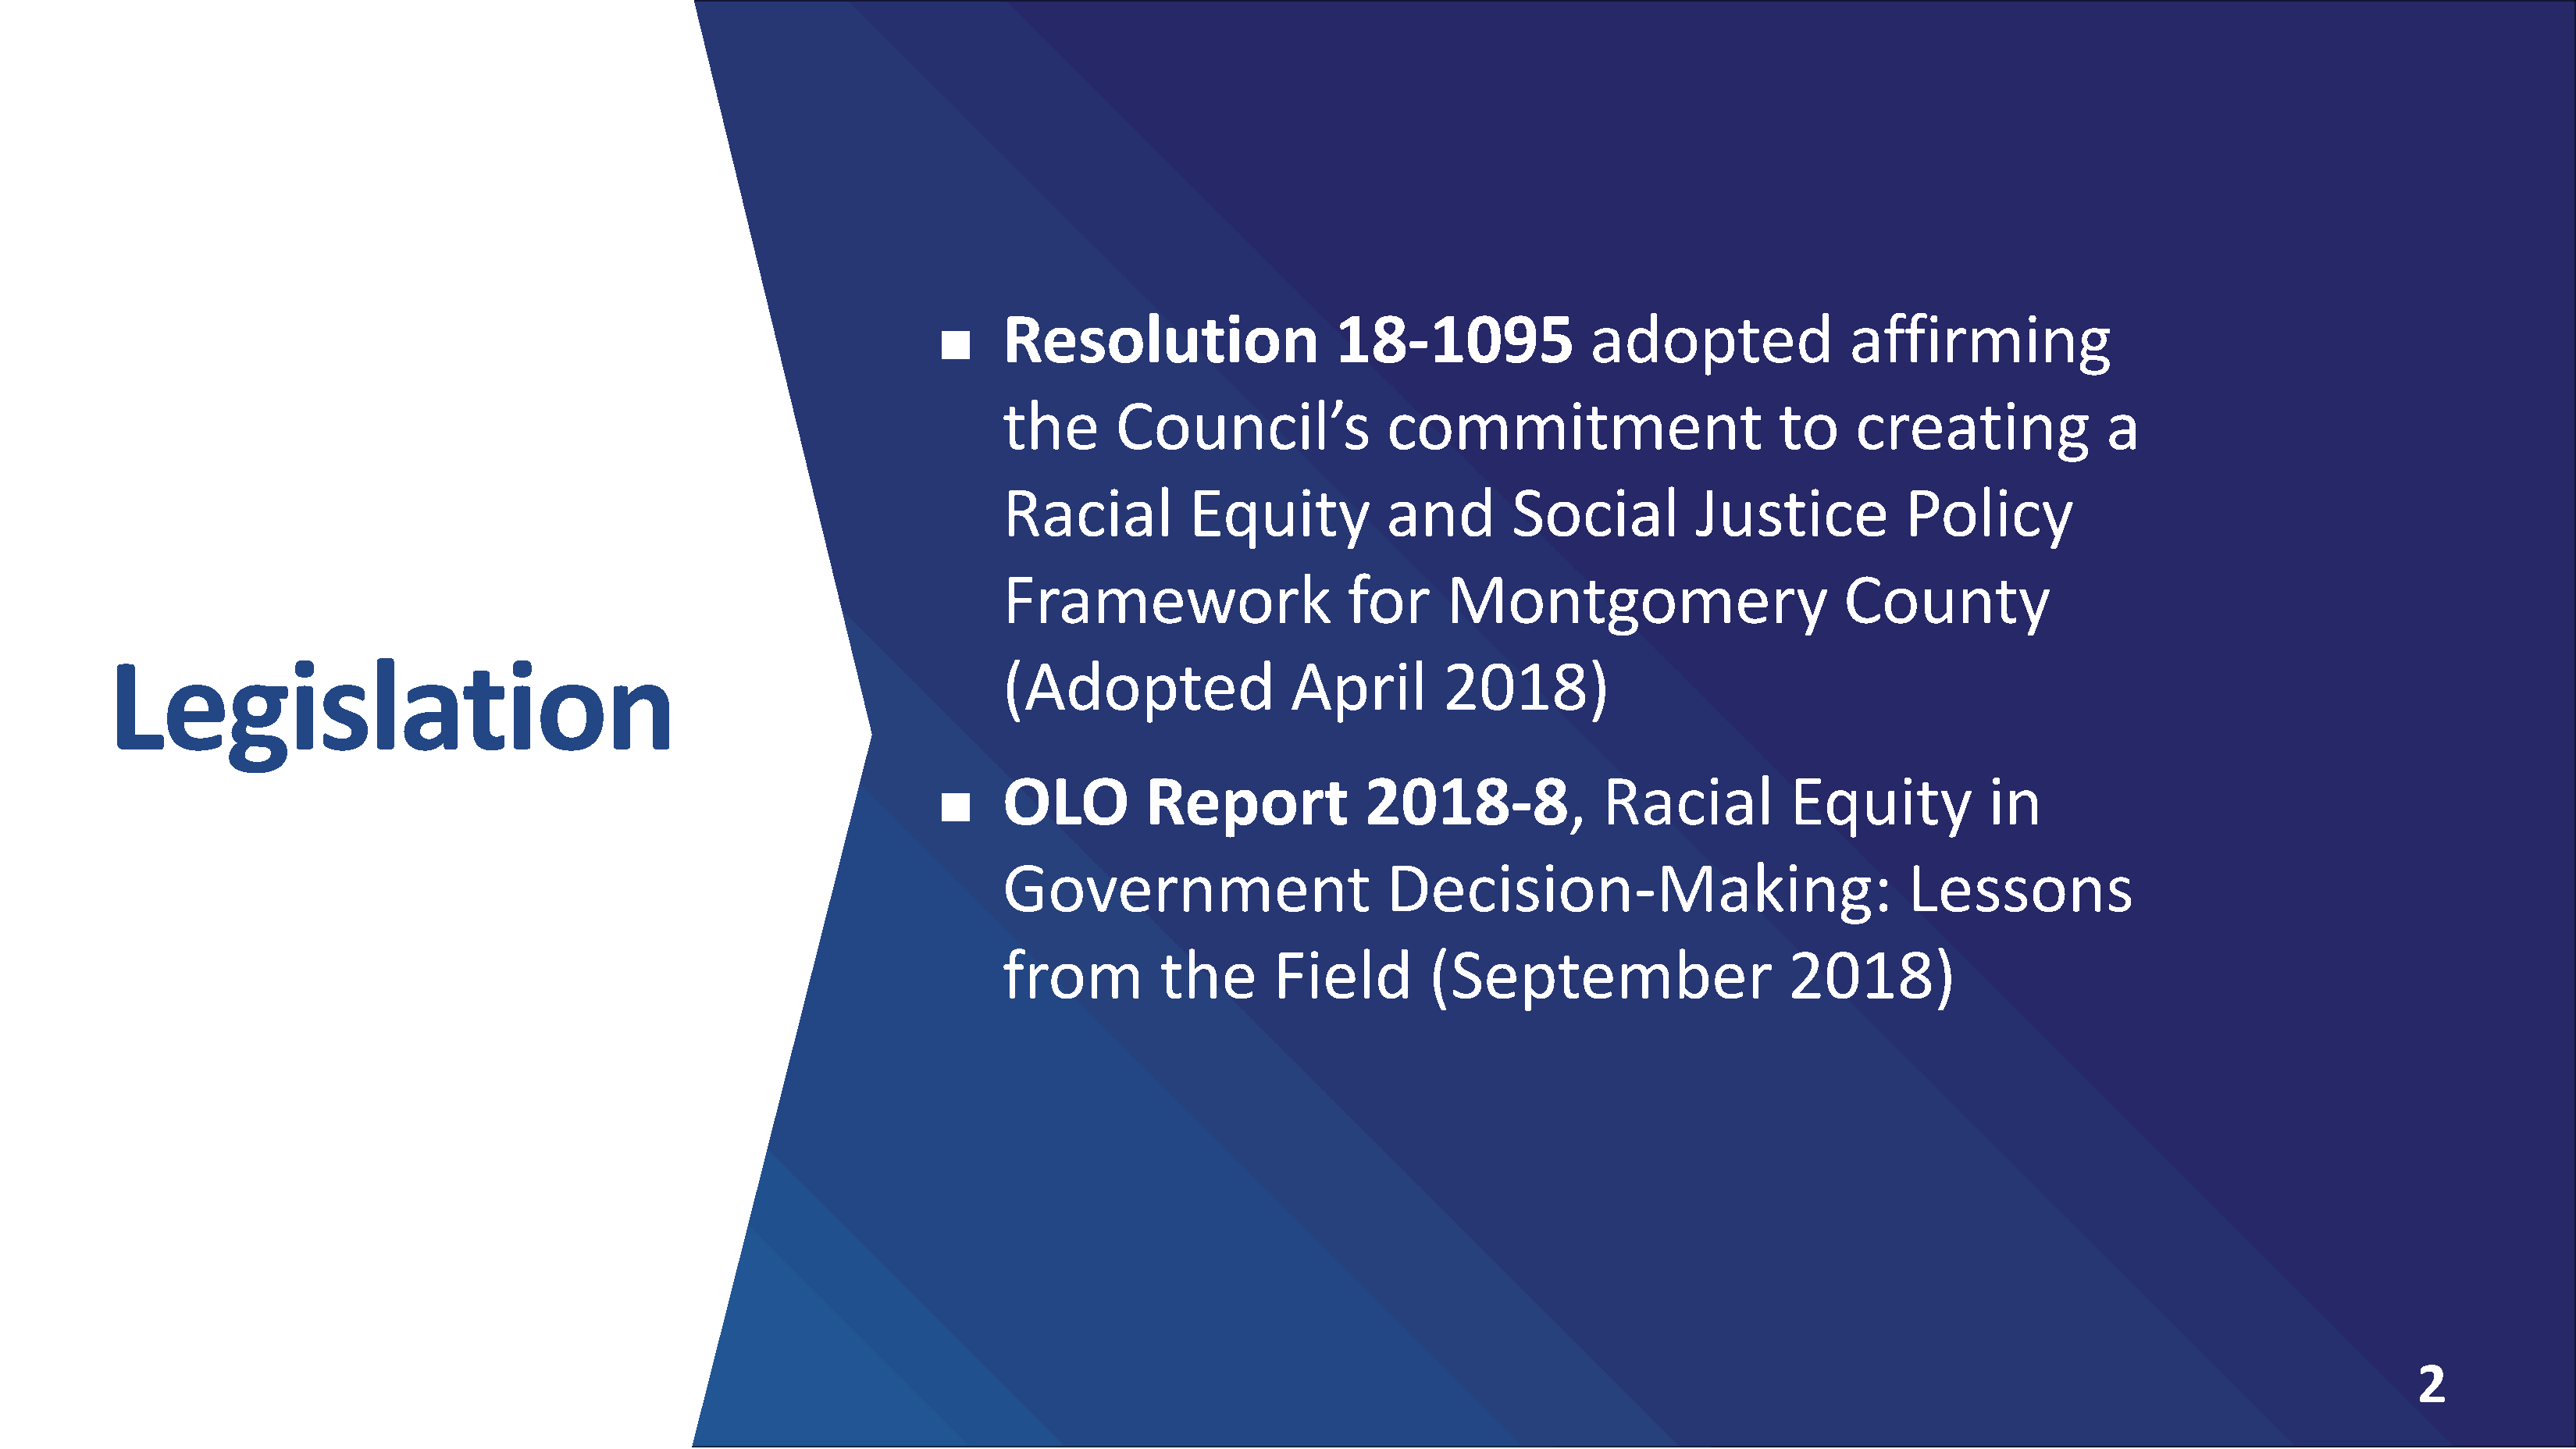
Resolution                  18-1095               adopted               affirming
 
 the       Council’s              commitment                       to    creating              a
 Racial          Equity          and        Social          Justice          Policy
 Framework                    for      Montgomery                       County
 Legislation                                                                 (Adopted                April        2018)
 OLO         Report             2018-8,             Racial          Equity           in
 
 Government                       Decision-Making:                            Lessons
 from         the       Field        (September                     2018)
 2